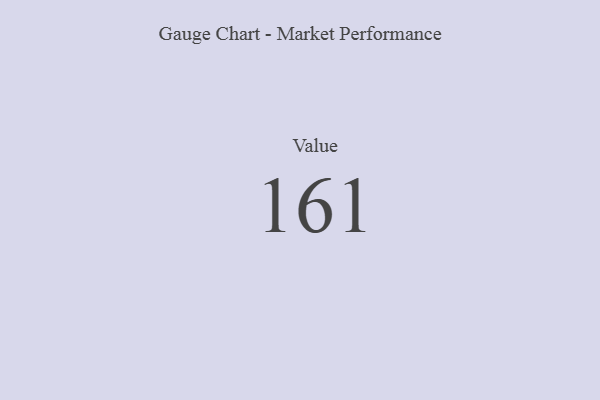
{"axis": {"x": "Metric", "y": "Value"}, "legend": [""], "data": [{"x": "Value", "y": 161, "type": ""}]}